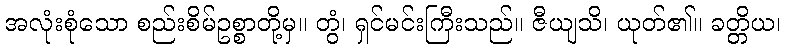
အလုံးစုံသော စည်းစိမ်ဥစ္စာတို့မှ။ တွံ၊ ရှင်မင်းကြီးသည်။ ဇီယျသိ၊ ယုတ်၏။ ခတ္တိယ၊